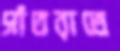
সাঁতরাতে